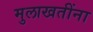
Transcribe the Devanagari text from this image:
मुलाखतींना